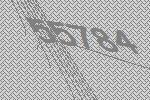
55784